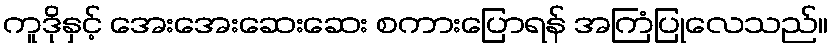
ကူဒိုနှင့် အေးအေးဆေးဆေး စကားပြောရန် အကြံပြုလေသည်။